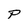
Character: P